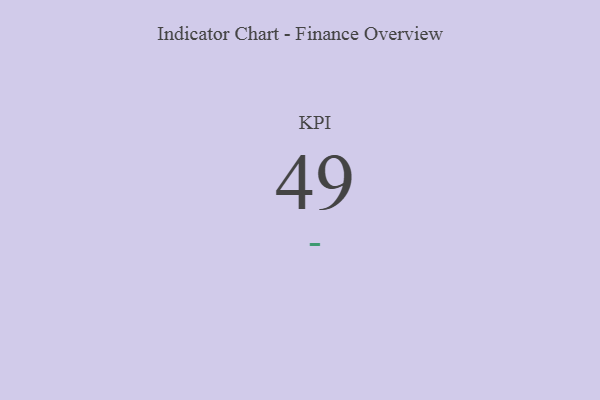
{"axis": {"x": "KPI", "y": "Value"}, "legend": [""], "data": [{"x": "KPI", "y": 49, "type": ""}]}